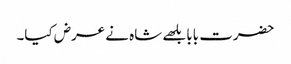
حضرت بابا بلھے شاہ نے عرض کیا۔